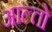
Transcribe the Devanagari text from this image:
आल्तो